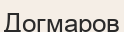
Догмаров